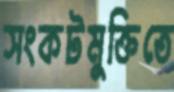
সংকটমুক্তিতে